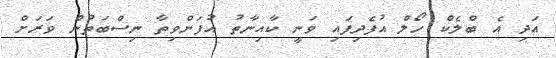
އަދި އެ ބްލެކް ހޯލް އުފެދިފައި ވަނީ ކާއިނާތު އުފަންވިތާ ނިސްބަތުން ވަރަށް